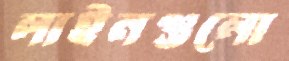
লাইনগুলো